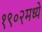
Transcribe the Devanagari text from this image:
१९०२मध्ये